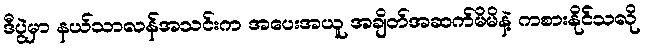
ဒီပွဲမှာ နယ်သာလန်အသင်းက အပေးအယူ အချိတ်အဆက်မိမိနဲ့ ကစားနိုင်သလို